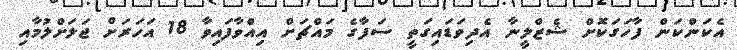
އެކަންކަން ފާހަގަކޮށް ޝެޒްލީނާ އެދިވަޑައިގަތީ ސަފާގެ މައްޗަށް އިއްވާފައިވާ 18 އަހަރަށް ޖަލަށްލުމާއި